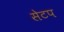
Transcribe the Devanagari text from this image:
सेटप